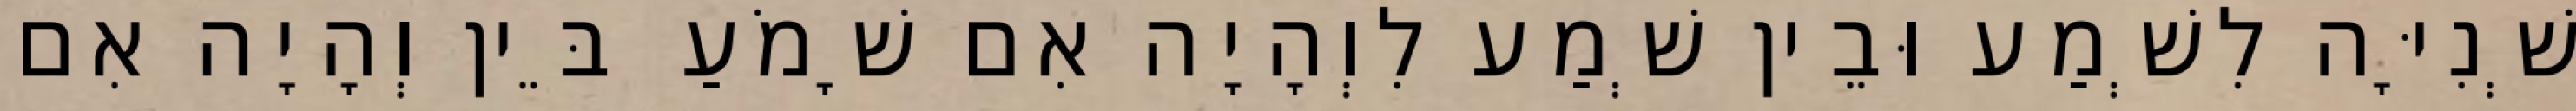
שְׁנִיָּה לִשְׁמַע וּבֵין שְׁמַע לִוְהָיָה אִם שָׁמֹעַ בֵּין וְהָיָה אִם